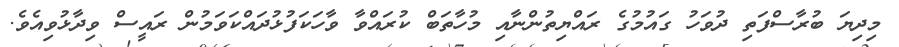
މިދިޔަ ބުރާސްފަތި ދުވަހު ގައުމުގެ ރައްޔިތުންނާއި މުހާތަބް ކުރައްވާ ވާހަކަފުޅުދައްކަވަމުން ރައީސް ވިދާޅުވިއެވެ.